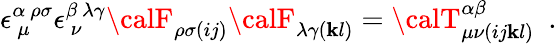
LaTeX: \epsilon_{~\mu}^{\alpha~\rho\sigma}\epsilon_{~\nu}^{\beta~\lambda\gamma}{\calF}_{\rho\sigma(ij)}{\calF}_{\lambda\gamma(\mathbf{k}l)}={\calT}_{\mu\nu(ij\mathbf{k}l)}^{\alpha\beta}\ \ .